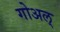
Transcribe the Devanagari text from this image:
गोअल्